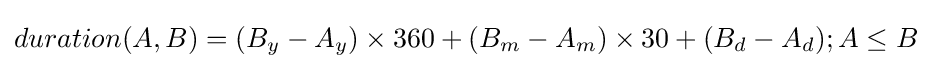
duration(A,B)=(B_{y}-A_{y})\times 360+(B_{m}-A_{m})\times 30+(B_{d}-A_{d});A\leq B